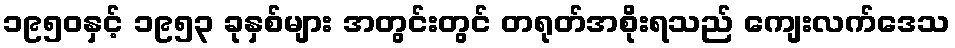
၁၉၅၀နှင့် ၁၉၅၃ ခုနှစ်များ အတွင်းတွင် တရုတ်အစိုးရသည် ကျေးလက်ဒေသ